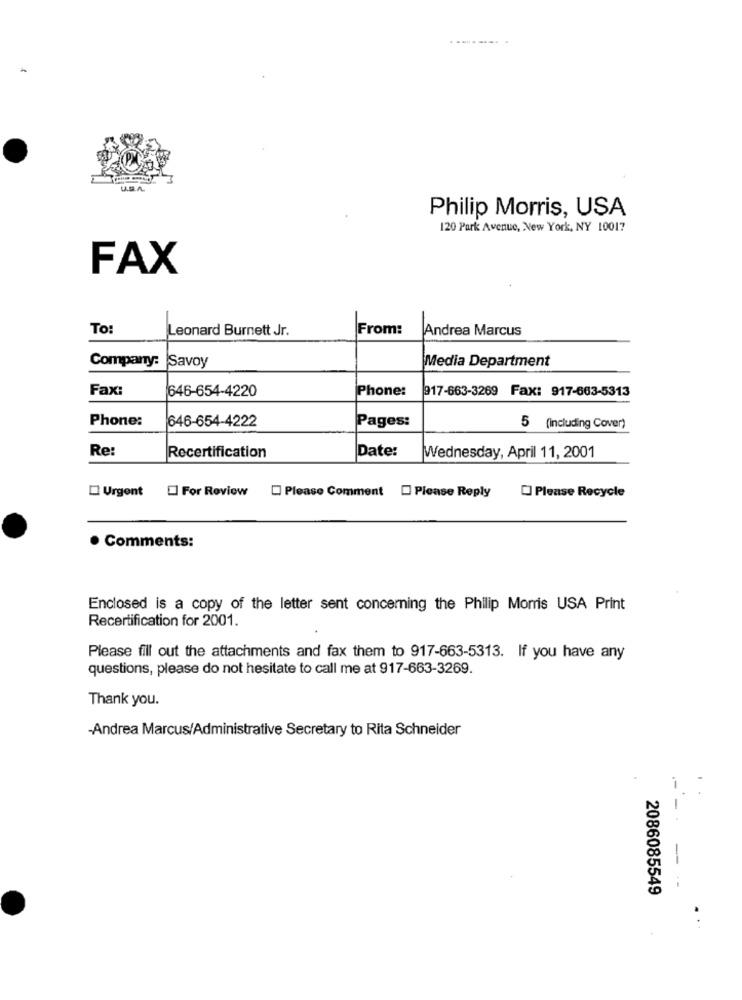
Philip Morris, USA
120 Park Avenue, New York, NY 10017
FAX
To:
Leonard Burnett Jr.
From:
Andrea Marcus
Company: Savoy
Media Department
Fax:
646-654-4220
Phone:
917-663-3269 Fax: 917-663-5313
Phone:
646-654-4222
Pages:
5 (Including Cover)
Re:
Date:
Recertification
Wednesday, April 11, 2001
For Review [ Please Comment _ Please Reply
Please Recycle
Urgent
. Comments:
Enclosed is a copy of the letter sent concerning the Philip Morris USA Print
Recertification for 2001.
Please fill out the attachments and fax them to 917-663-5313. If you have any
questions, please do not hesitate to call me at 917-663-3269.
Thank you.
-Andrea Marcus/Administrative Secretary to Rita Schneider
-- -
-
2086085549